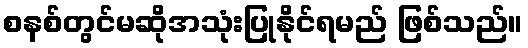
စနစ်တွင်မဆိုအသုံးပြုနိုင်ရမည် ဖြစ်သည်။